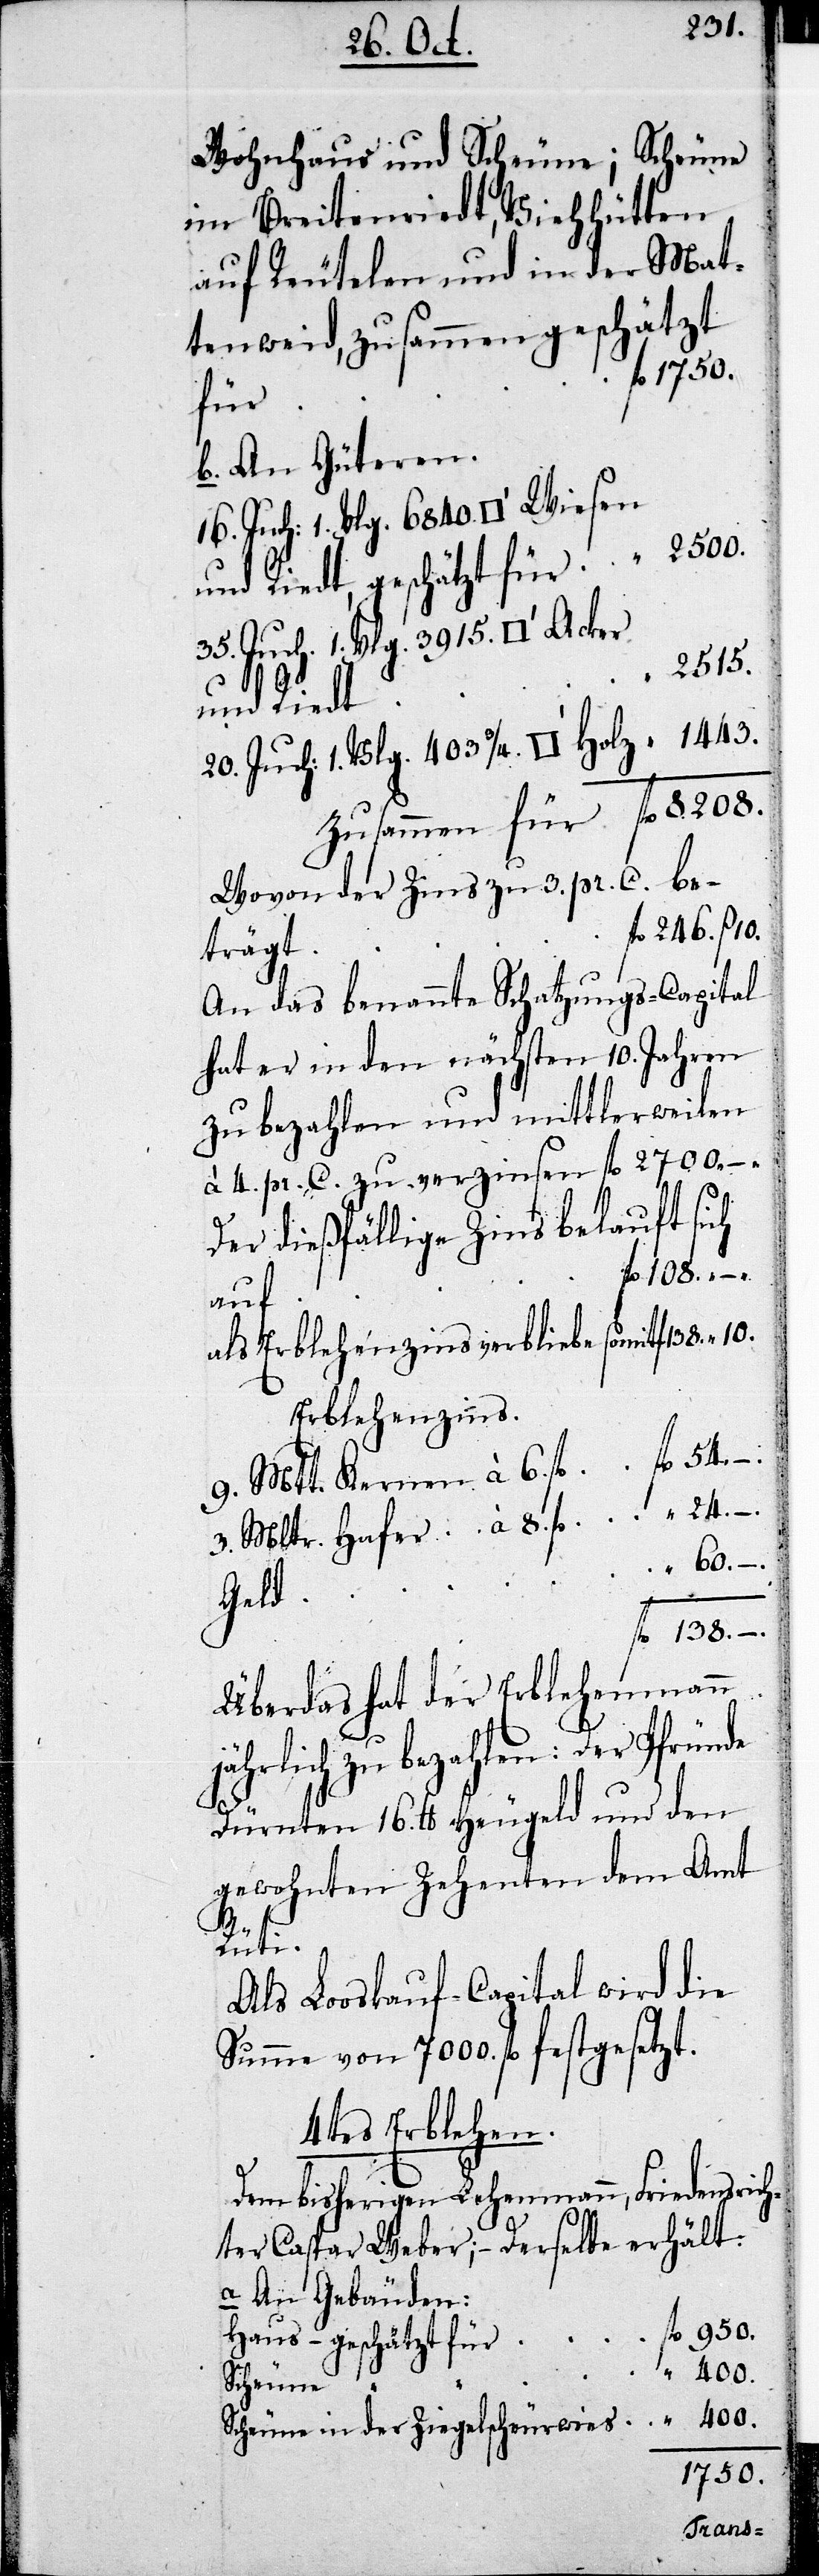
3915.
Wohnhaus und Scheune; Scheune
im Breitenriedt, Viehhütten
auf Reutelen und in der Mat¬
tenweid, zusammen geschätzt
fl 	1750.
für
b. An Güteren:
20. Juch 1. Vlg. 403. ¾
und Riedt geschätzt für 	„	 2515.
Zusammen für 	fl	8208.
Wovon der Zins zu 3. pr. C. be¬
246. ß 10.
trägt
An das benannte Schatzungs-Capital
hat er in den nächsten 10. Jahren
zu bezahlen und mittlerweilen
à 4. pr. C. zu verzinsen 	fl	 2700. –.
Der dießfällige Zins beläuft sich
auf
als Erblehenzins verbliebe somit
Erblehenzins
9. Mtt. Kernen à 6fl	fl	 54. –.
3. Mltr. Hafer à 8. fl	„	24. –.
Geld
Über das hat der Erblehenmann
–.
jährlich zu bezahlen: Der Pfründe
Dürnten 16. lb Heugeld und den
gewohnten Zehenten dem Amts
Rüti.
Als Looskauf-Capital ward die
Summe von 7000. fl festgesetzt.
4tes Erblehen.
Dem bisherigen Lehenmann, Friedensrich¬
ter Caspar Weber; – Derselbe erhält:
a. An Gebäuden:
Haus – geschätzt für 	fl	950.
Scheune
Scheune in der Ziegelscheurwies 	„	400.